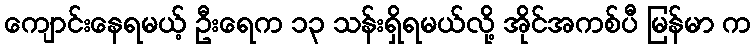
ကျောင်းနေရမယ့် ဦးရေက ၁၃ သန်းရှိရမယ်လို့ အိုင်အကစ်ပီ မြန်မာ က